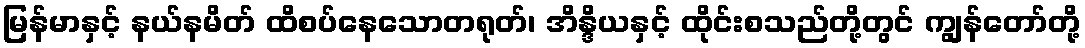
မြန်မာနှင့် နယ်နမိတ် ထိစပ်နေသောတရုတ်၊ အိန္ဒိယနှင့် ထိုင်းစသည်တို့တွင် ကျွန်တော်တို့